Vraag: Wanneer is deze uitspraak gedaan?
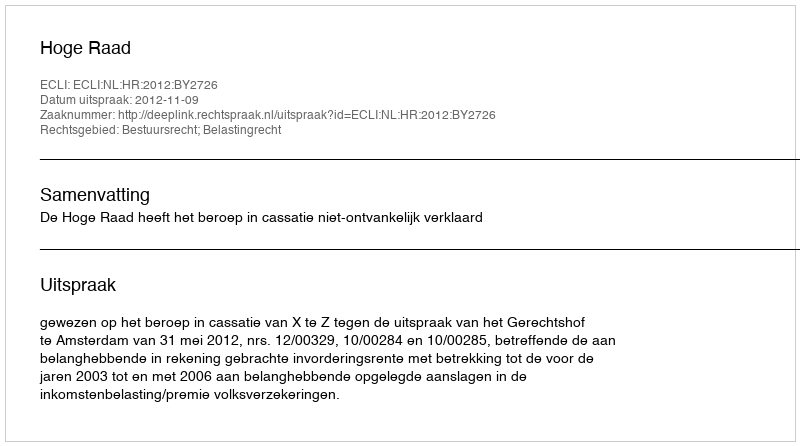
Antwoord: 2012-11-09